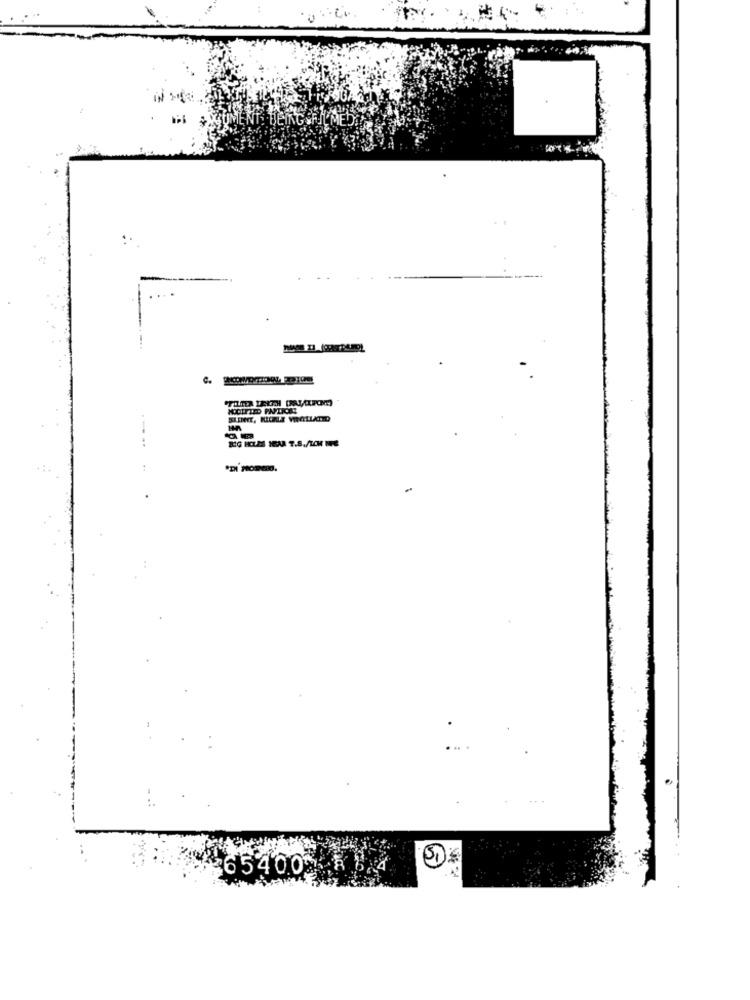
:
-
.-.
c.
:
.. .
SI
65400